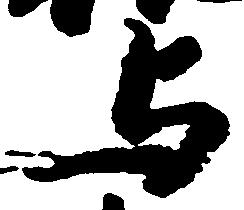
与